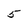
Character: 5